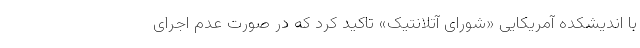
با اندیشکده آمریکایی «شورای آتلانتیک» تاکید کرد که در صورت عدم اجرای